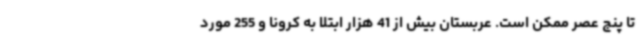
تا پنج عصر ممکن است. عربستان بیش از 41 هزار ابتلا به کرونا و 255 مورد